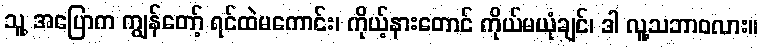
သူ့ အပြောက ကျွန်တော့် ရင်ထဲမကောင်း၊ ကိုယ့်နားတောင် ကိုယ်မယုံချင်၊ ဒါ လူ့သဘာဝလား။